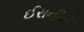
ઈરાનીનો